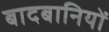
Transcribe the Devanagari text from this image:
बादबानियों